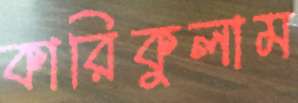
কারিকুলাম